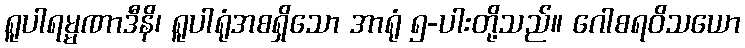
ရူပါရမ္မဏာဒီနိ၊ ရူပါရုံအစရှိသော အာရုံ ၅-ပါးတို့သည်။ ဂေါစရဝိသယော